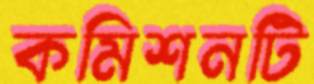
কমিশনটি